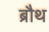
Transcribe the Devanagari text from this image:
ब्रौथ